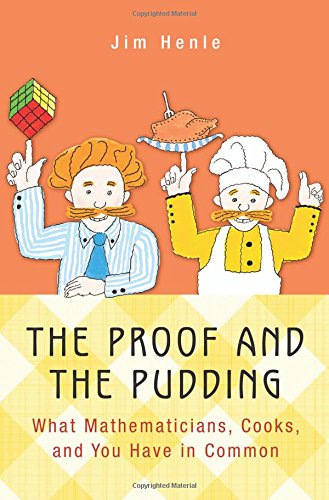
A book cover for The Proof and the Pudding: What Mathematicians, Cooks, and You Have in Common; Jim Henle; Humor & Entertainment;